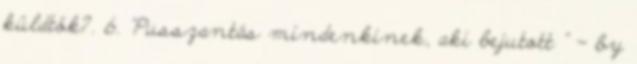
küldtök?. 6. "Pusszantás mindenkinek, aki bejutott " - by